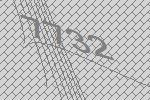
7732